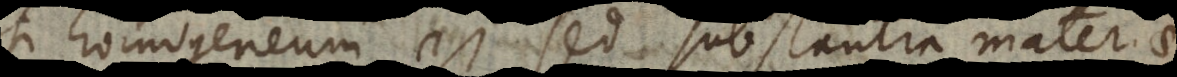
ti homogeneum est, sed substantia materi